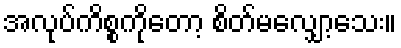
အလုပ်ကိစ္စကိုတော့ စိတ်မလျှော့သေး။